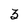
Character: 3